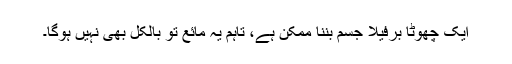
ایک چھوٹا برفیلا جسم بننا ممکن ہے، تاہم یہ مائع تو بالکل بھی نہیں ہوگا۔